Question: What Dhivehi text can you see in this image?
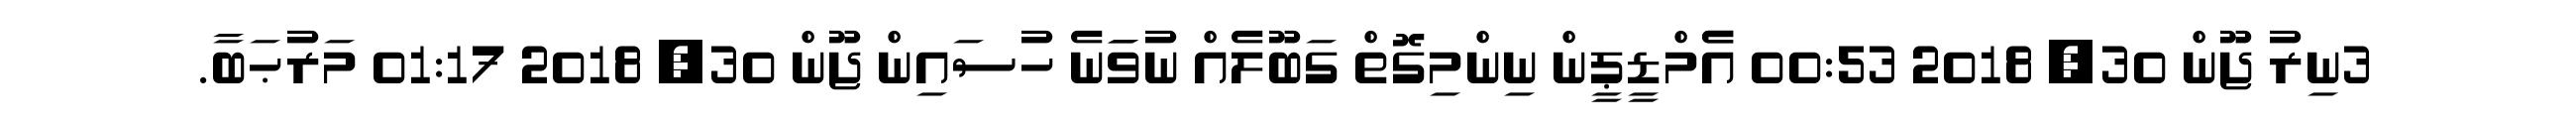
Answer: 3ނިރު ޖޫން 30, 2018 00:53 އެެމްޑީޕީން ނިންމިގޮތް ގަބޫލެއް ނުވަަނެ ހުސައިން ޖޫން 30, 2018 01:17 މަރުޙަބާ.